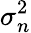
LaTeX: \sigma_{n}^{2}